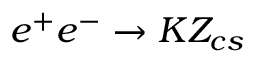
e ^ { + } e ^ { - } \to K Z _ { c s }